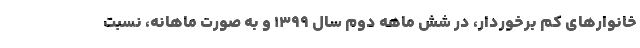
خانوارهای کم برخوردار، در شش ماهه دوم سال ۱۳۹۹ و به صورت ماهانه، نسبت